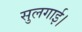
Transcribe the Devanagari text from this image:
सुलगाई।